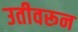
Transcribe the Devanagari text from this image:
उतीवरून